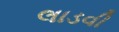
લાડવી